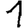
Digit: 1